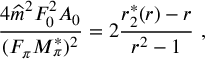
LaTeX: \frac { 4 \widehat m ^ { 2 } F _ { 0 } ^ { 2 } A _ { 0 } } { ( F _ { \pi } M _ { \pi } ^ { * } ) ^ { 2 } } = 2 \frac { r _ { 2 } ^ { * } ( r ) - r } { r ^ { 2 } - 1 } \ ,